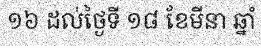
១៦ ដល់ថ្ងៃទី ១៨ ខែមីនា ឆ្នាំ